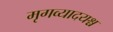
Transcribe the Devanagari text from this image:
मृगव्यादयश्च